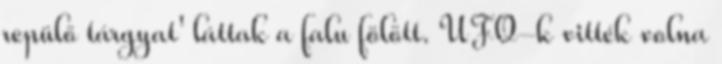
repülő tárgyat' láttak a falu fölött. UFO-k vitték volna